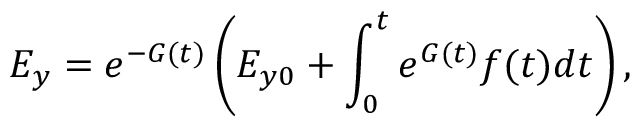
E _ { y } = e ^ { - G ( t ) } \left( E _ { y 0 } + \int _ { 0 } ^ { t } e ^ { G ( t ) } f ( t ) d t \right) ,